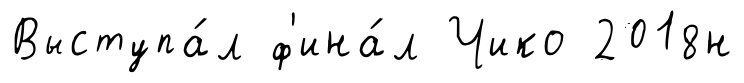
Выступа́л ф'ина́л Чико 2018н